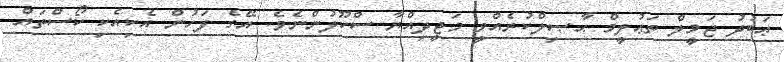
ޢަބުދު ޖަމީލް ތަޢުލީމް ޙާޞިލްކުރެއްވީ މަޖީދިއްޔާ ސްކޫލުންނެވެ. އޭގެ ފަހުން އެކިއެކި ކޯސްތައް